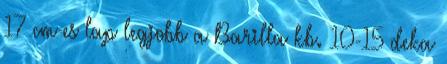
17 cm-es lap legjobb a Barilla kb. 10-15 deka